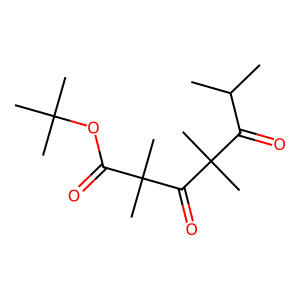
SMILES: CC(C)C(=O)C(C)(C)C(=O)C(C)(C)C(=O)OC(C)(C)C
Inhibits HIV replication: No